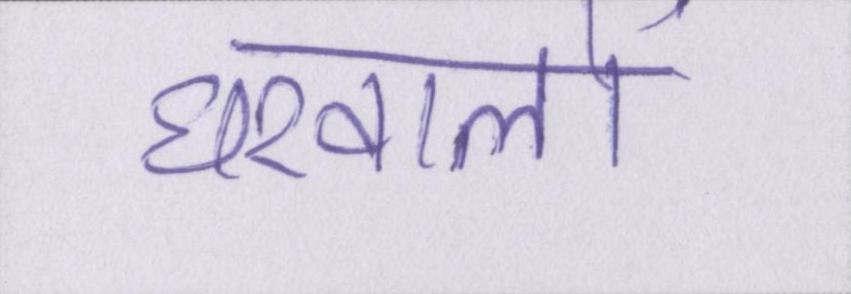
घरवालों